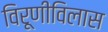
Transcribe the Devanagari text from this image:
विरूणीविलास